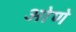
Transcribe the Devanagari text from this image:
ओणे